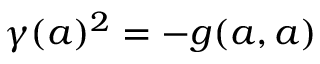
\gamma ( a ) ^ { 2 } = - g ( a , a )